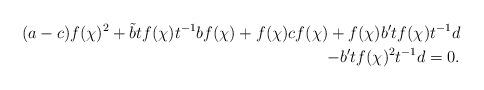
LaTeX: \begin{align*} (a-c)f(\chi)^2 +\tilde{b}tf(\chi)t^{-1}bf(\chi)+f(\chi)cf(\chi)+f(\chi)b^{\prime}tf(\chi)t^{-1}d \\ -b^{\prime}tf(\chi)^2t^{-1}d=0. \end{align*}